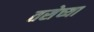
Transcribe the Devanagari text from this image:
तसेच्या